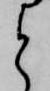
と